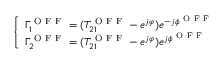
\left\{ \begin{array} { l } { \Gamma _ { 1 } ^ { \mathrm { ~ O ~ F ~ F ~ } } = ( T _ { 2 1 } ^ { \mathrm { ~ O ~ F ~ F ~ } } - e ^ { j \varphi } ) e ^ { - j \phi ^ { \mathrm { ~ O ~ F ~ F ~ } } } } \\ { \Gamma _ { 2 } ^ { \mathrm { ~ O ~ F ~ F ~ } } = ( T _ { 2 1 } ^ { \mathrm { ~ O ~ F ~ F ~ } } - e ^ { j \varphi } ) e ^ { j \phi ^ { \mathrm { ~ O ~ F ~ F ~ } } } } \end{array} \right.